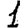
Digit: 1